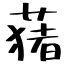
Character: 蕏